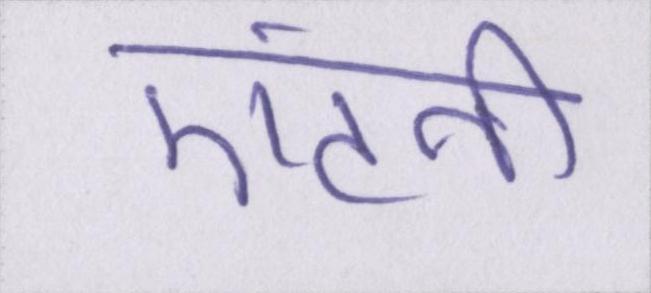
एंटनी